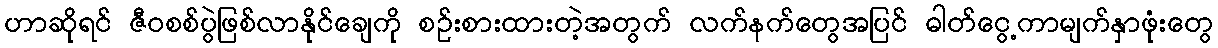
ဟာဆိုရင် ဇီဝစစ်ပွဲဖြစ်လာနိုင်ချေကို စဉ်းစားထားတဲ့အတွက် လက်နက်တွေအပြင် ဓါတ်ငွေ့ကာမျက်နှာဖုံးတွေ